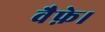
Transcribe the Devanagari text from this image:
वैफ़े।